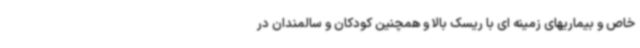
خاص و بیماریهای زمینه ای با ریسک بالا و همچنین کودکان و سالمندان در